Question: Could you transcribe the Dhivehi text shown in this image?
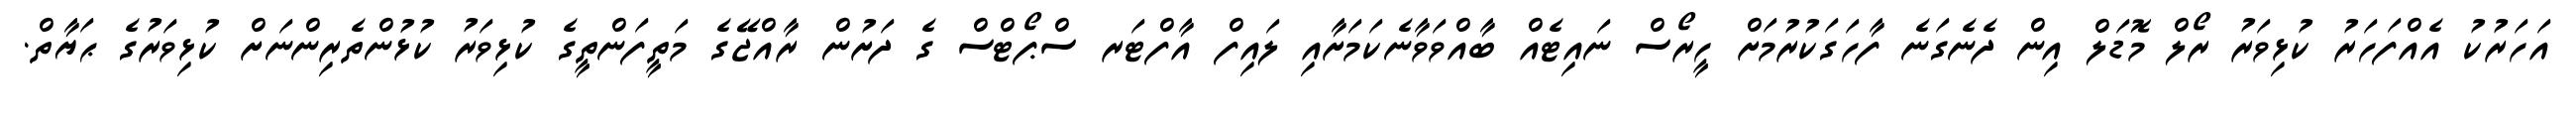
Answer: އަހަރުކު އެއްފަހަރު ކުޅިވަރު ރޯލް މޮޑަލް އިން ދެނެގަނެ ފާހަގަކުރުމަށް ހީރޯސް ނައިޓެއް ބާއްވަވާނެކަމަށާއި ލައިފް އާފްޓަރ ސްޕޯޓްސް ގެ ދަށުން ރާއްޖޭގެ މަތީފަންތީގެ ކުޅިވަރު ކުޅުންތެރިންނަށް ކުޅިވަރުގެ ޙަޔާތް.